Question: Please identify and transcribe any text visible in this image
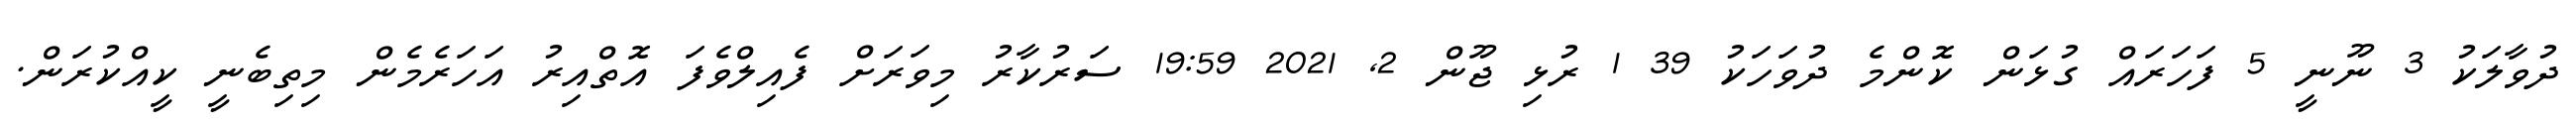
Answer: ދުވާލަކު 3 ނޫނީ 5 ފަހަރައް ގުޅަން ކޮންމެ ދުވަހަކު 39 1 ރުޅި ޖޫން 2, 2021 19:59 ސަރުކާރު މިވަރަށް ފެއިލްވެފަ އޮތްއިރު އަހަރެމެން މިތިބެނީ ކީއްކުރަން.